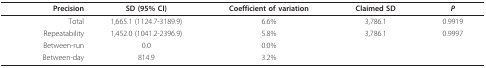
<table><thead><tr><td><b>Precision</b></td><td><b>SD (95% CI)</b></td><td><b>Coefficient of variation</b></td><td><b>Claimed SD</b></td><td><b><i>P</i></b></td></tr></thead><tbody><tr><td>Total</td><td>1,665.1 (1124.7-3189.9)</td><td>6.6%</td><td>3,786.1</td><td>0.9919</td></tr><tr><td>Repeatability</td><td>1,452.0 (1041.2-2396.9)</td><td>5.8%</td><td>3,786.1</td><td>0.9997</td></tr><tr><td>Between-run</td><td>0.0</td><td>0.0%</td><td></td><td></td></tr><tr><td>Between-day</td><td>814.9</td><td>3.2%</td><td></td><td></td></tr></tbody></table>